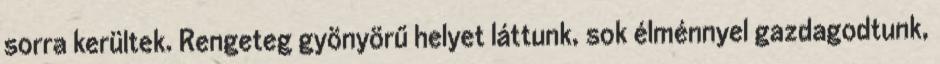
sorra kerültek. Rengeteg gyönyörű helyet láttunk, sok élménnyel gazdagodtunk,